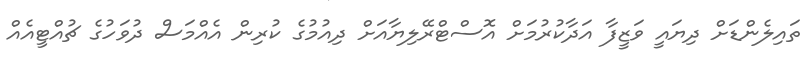
ތައިލެންޑަށް ދިޔައީ ވަޒީފާ އަދާކުރުމަށް އޮސްޓްރޭލިޔާއަށް ދިއުމުގެ ކުރިން އެއްމަސް ދުވަހުގެ ޗުއްޓީއެއް